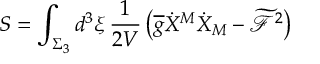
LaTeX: S = \int _ { \Sigma _ { 3 } } d ^ { 3 } \xi \, \frac { 1 } { 2 V } \left( \overline { { { g } } } \dot { X } ^ { M } \dot { X } _ { M } - \widetilde { \mathcal { F } } ^ { 2 } \right)